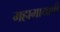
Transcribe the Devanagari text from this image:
महामायावी